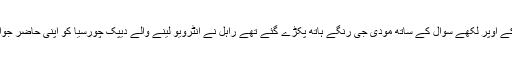
نیوز نیشن جہاں کاغذ کے اوپر لکھے سوال کے ساتھ مودی جی رنگے ہاتھ پکڑے گئے تھے راہل نے انٹرویو لینے والے دیپک چورسیا کو اپنی حاضر جوابی سے لاجواب کردیا۔